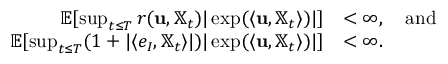
\begin{array} { r l } { \mathbb { E } [ \operatorname* { s u p } _ { t \leq T } r ( \mathbf { u } , \mathbb { X } _ { t } ) | \exp ( \langle { \bf u } , { { \mathbb X } _ { t } } \rangle ) | ] } & { < \infty , \quad \mathrm { a n d } } \\ { \mathbb { E } [ \operatorname* { s u p } _ { t \leq T } ( 1 + | \langle e _ { I } , { \mathbb X } _ { t } \rangle | ) | \exp ( \langle { \bf u } , { { \mathbb X } _ { t } } \rangle ) | ] } & { < \infty . } \end{array}